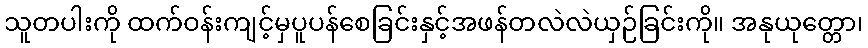
သူတပါးကို ထက်ဝန်းကျင့်မှပူပန်စေခြင်းနှင့်အဖန်တလဲလဲယှဉ်ခြင်းကို။ အနုယုတ္တော၊